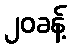
၂၀ခန့်